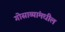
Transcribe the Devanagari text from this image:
गोसाव्यांमधील